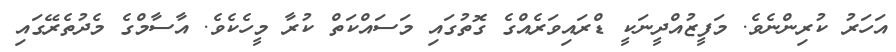
އަހަރު ކުރިންނެވެ. މަފީޒުއްދީނަކީ ޑްރައިވަރެއްގެ ގޮތުގައި މަސައްކަތް ކުރާ މީހެކެވެ. އާސާމްގެ މެދުތެރޭގައި